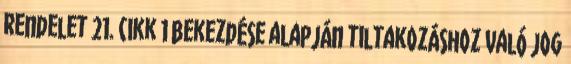
rendelet 21. cikk 1 bekezdése alapján tiltakozáshoz való jog